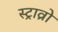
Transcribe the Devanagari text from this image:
स्ट्राव्रो